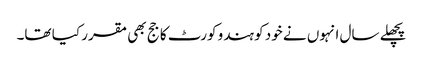
پچھلے سال انہوں نے خود کو ہندو کورٹ کا جج بھی مقرر کیا تھا۔